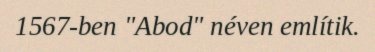
1567-ben "Abod" néven említik.